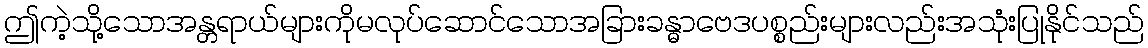
ဤကဲ့သို့သောအန္တရာယ်များကိုမလုပ်ဆောင်သောအခြားခန္ဓာဗေဒပစ္စည်းများလည်းအသုံးပြုနိုင်သည်